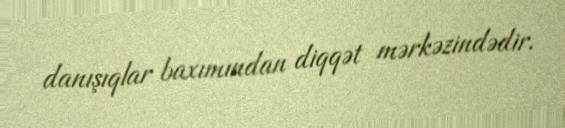
danışıqlar baxımından diqqət mərkəzindədir.